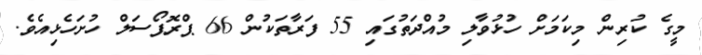
މީގެ ކުރިން މިކަމަށް ހުޅުވާލި މުއްދަތުގައި 55 ފަރާތަކުން 66 ޕްރޮޕޯސަލް ހުށަހެޅިއެވެ.